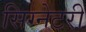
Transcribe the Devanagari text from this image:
सिग्नेटरी